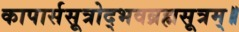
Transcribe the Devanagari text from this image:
कापार्ससूत्रोद्भवब्रह्मसूत्रम्॥